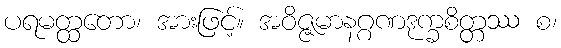
ပရမတ္ထတော၊ အားဖြင့်။ အဝိဇ္ဇမာနဂ္ဂဏဒုက္ခစိတ္တဿ စ၊